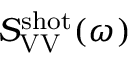
S _ { \mathrm { V V } } ^ { \mathrm { s h o t } } ( \omega )